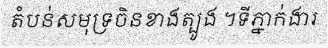
តំបន់សមុទ្រចិនខាងត្បូង ។ទីភ្នាក់ងារ